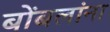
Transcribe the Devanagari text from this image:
बोंबलांना